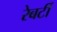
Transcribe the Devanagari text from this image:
रेबर्टी